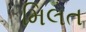
મિલત